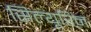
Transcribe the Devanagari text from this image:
सिल्यूरिन